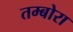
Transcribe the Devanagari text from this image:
तम्बोरा